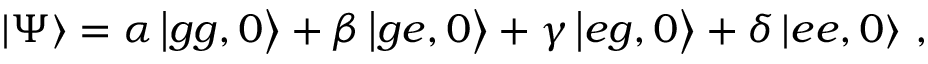
\left| \Psi \right\rangle = \alpha \left| g g , 0 \right\rangle + \beta \left| g e , 0 \right\rangle + \gamma \left| e g , 0 \right\rangle + \delta \left| e e , 0 \right\rangle \, ,